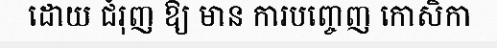
ដោយ ជំរុញ ឱ្យ មាន ការបញ្ចេញ កោសិកា